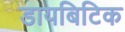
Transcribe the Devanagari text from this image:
डायबिटिक